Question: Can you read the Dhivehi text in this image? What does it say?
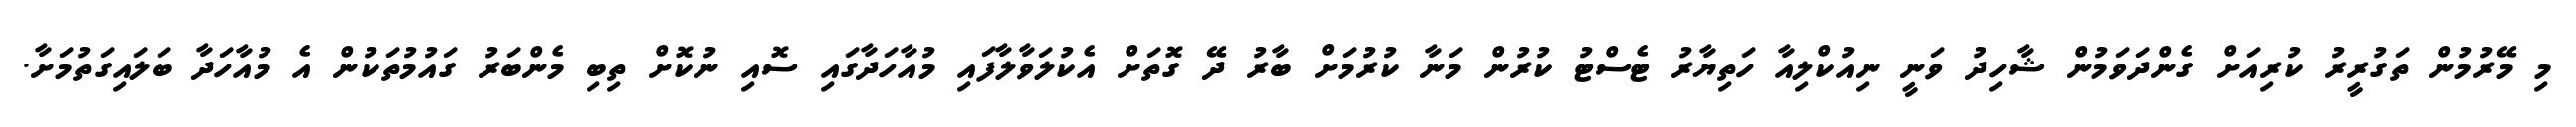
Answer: މި މޭރުމުން ތަގުރީރު ކުރިއަށް ގެންދަވަމުން ޝާހިދު ވަނީ ނިއުކްލިއާ ހަތިޔާރު ޓެސްޓު ކުރުން މަނާ ކުރުމަށް ބާރު ދޭ ގޮތަށް އެކުލަވާލާފައި މުއާހަދާގައި ސޮއި ނުކޮށް ތިބި މެންބަރު ގައުމުތަކުން އެ މުއާހަދާ ބަލައިގަތުމަށާ.